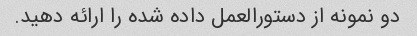
دو نمونه از دستورالعمل داده شده را ارائه دهید.